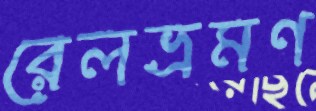
রেলভ্রমণ